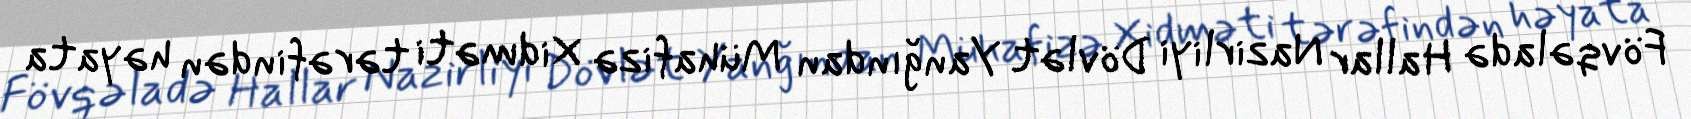
Fövqəladə Hallar Nazirliyi Dövlət Yanğından Mühafizə Xidməti tərəfindən həyata